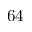
6 4